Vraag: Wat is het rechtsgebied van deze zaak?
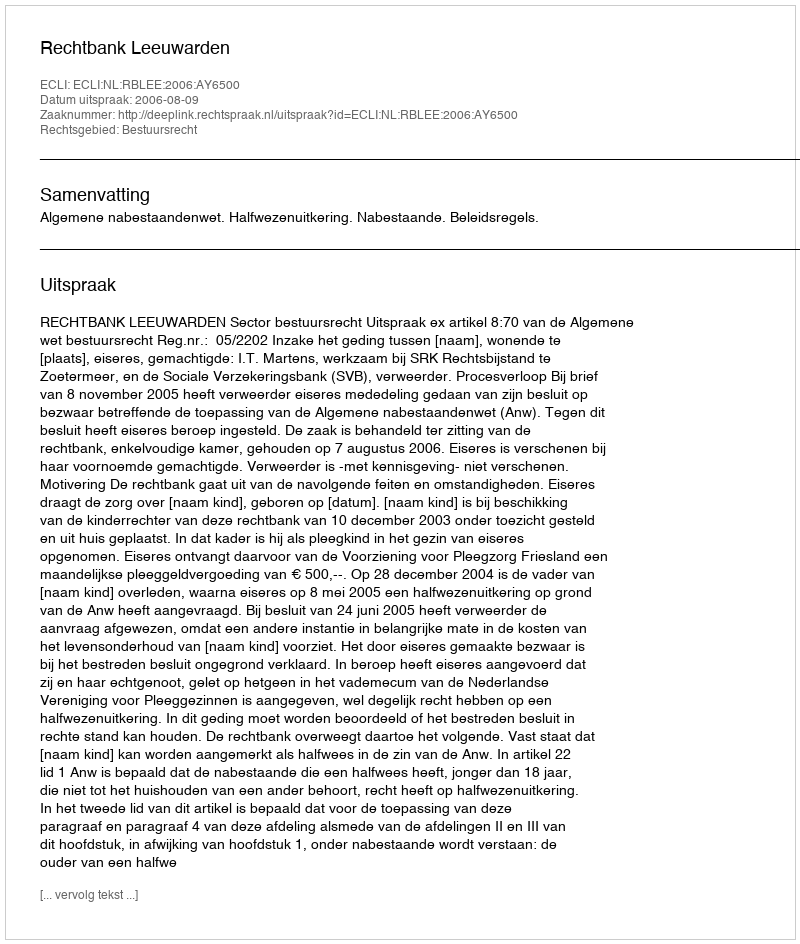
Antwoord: Bestuursrecht